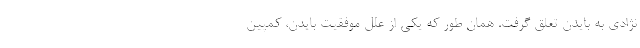
نژادی به بایدن تعلق گرفت. همان طور که یکی از علل موفقیت بایدن، کمپین